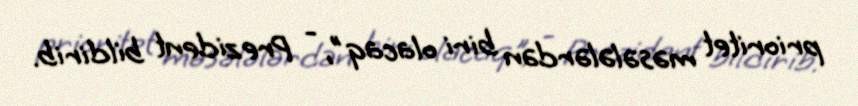
prioritet məsələlərdən biri olacaq", - Prezident bildirib.